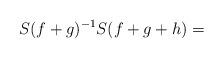
LaTeX: \begin{align*}S(f+g)^{-1}S(f+g+h)=\end{align*}